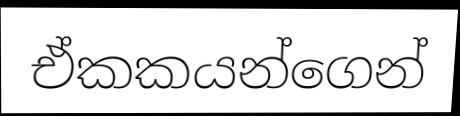
ඒකකයන්ගෙන්